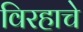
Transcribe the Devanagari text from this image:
विरहाचे